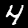
Label: 4